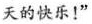
天的快乐！”